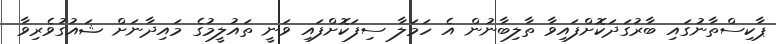
ޕާކިސްތާނުގައި ބާރުގަދަކޮށްފައިވާ ތާލިބާނުން އެ ހަމަލާ ސިފަކޮށްފައި ވަނީ ތައުލީމުގެ މައިދާނަށް ޝައުގުވެރިވާ